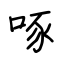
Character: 啄